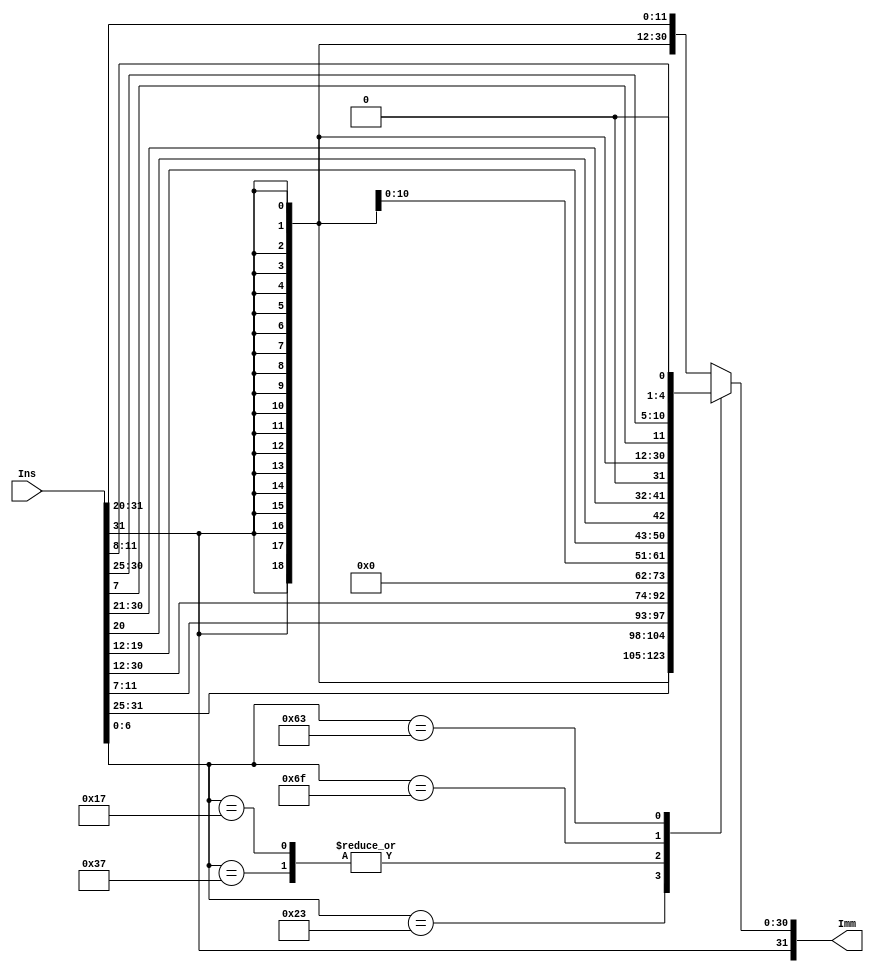
`timescale 1ns / 1ps
//////////////////////////////////////////////////////////////////////////////////
// Company: 
// Engineer: 
// 
// Design Name: 
// Module Name: ImmGen
// Project Name: 
// Target Devices: 
// Tool Versions: 
// Description: 
// 
// Dependencies: 
// 
// Revision:
// Revision 0.01 - File Created
// Additional Comments:
// 
//////////////////////////////////////////////////////////////////////////////////
module ImmGen(
    input wire [31:0] Ins,
    output reg [31:0] Imm
    );
    
    always @(*) begin
	   case (Ins[6:0])
		  7'b0010011: Imm = { {21{Ins[31]}}, Ins[30:25], Ins[24:21], Ins[20] };   //arith_I type: addi, slti, sltiu, xori, ori, andi
		  7'b0100011: Imm = { {21{Ins[31]}}, Ins[30:25], Ins[11:8], Ins[7] };     //store
		  7'b0110111: Imm = { Ins[31], Ins[30:20], Ins[19:12], 12'b0 };           //lui
		  7'b0010111: Imm = { Ins[31], Ins[30:20], Ins[19:12], 12'b0 };           //auipc
		  7'b1101111: Imm = { {12{Ins[31]}}, Ins[19:12], Ins[20], Ins[30:25], Ins[24:21], 1'b0 }; //jal
		  7'b1100111: Imm = { {21{Ins[31]}}, Ins[30:25], Ins[24:21], Ins[20] };   //jalr
		  7'b1100011: Imm = { {20{Ins[31]}}, Ins[7], Ins[30:25], Ins[11:8], 1'b0}; //branch
		  default: 	  Imm = { {21{Ins[31]}}, Ins[30:25], Ins[24:21], Ins[20] }; // IMM_I
	   endcase 
    end
endmodule